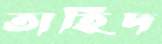
তাহিদ